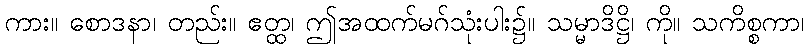
ကား။ စောဒနာ၊ တည်း။ ဧတ္ထ၊ ဤအထက်မဂ်သုံးပါး၌။ သမ္မာဒိဋ္ဌိ၊ ကို။ သကိစ္စကာ၊